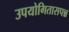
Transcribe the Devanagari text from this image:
उपयोगितासपन्न